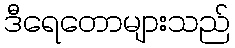
ဒီရေတောများသည်